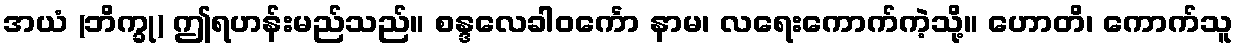
အယံ (ဘိက္ခု) ဤရဟန်းမည်သည်။ စန္ဒလေခါဝင်္ကော နာမ၊ လရေးကောက်ကဲ့သို့။ ဟောတိ၊ ကောက်သူ